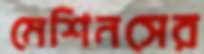
মেশিনসের